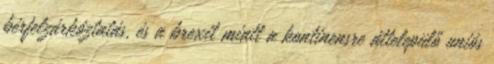
bérfelzárkóztatás, és a brexit miatt a kontinensre áttelepülő uniós